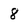
Character: 8